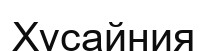
Хұсайния